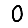
Digit: 0